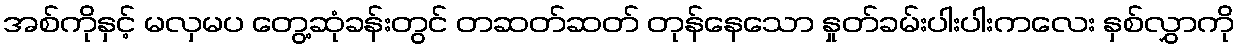
အစ်ကိုနှင့် မလှမပ တွေ့ဆုံခန်းတွင် တဆတ်ဆတ် တုန်နေသော နှုတ်ခမ်းပါးပါးကလေး နှစ်လွှာကို